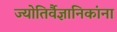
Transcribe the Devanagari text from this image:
ज्योतिर्वैज्ञानिकांना